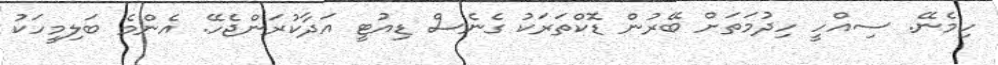
ހިމެނޭ. ސިއްހީ ހިދުމަތަށް ބޭރުން ޑޮކްތަރަކު ގެނެސް ޑިއުޓީ އަދާކުރަންޖެހޭ. އެންމެ ބަލިމީހަކު